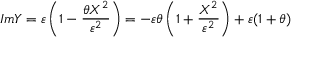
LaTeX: I m Y = \varepsilon \left( 1 - \frac { \theta X ^ { 2 } } { \varepsilon ^ { 2 } } \right) = - \varepsilon \theta \left( 1 + \frac { X ^ { 2 } } { \varepsilon ^ { 2 } } \right) + \varepsilon ( 1 + \theta )